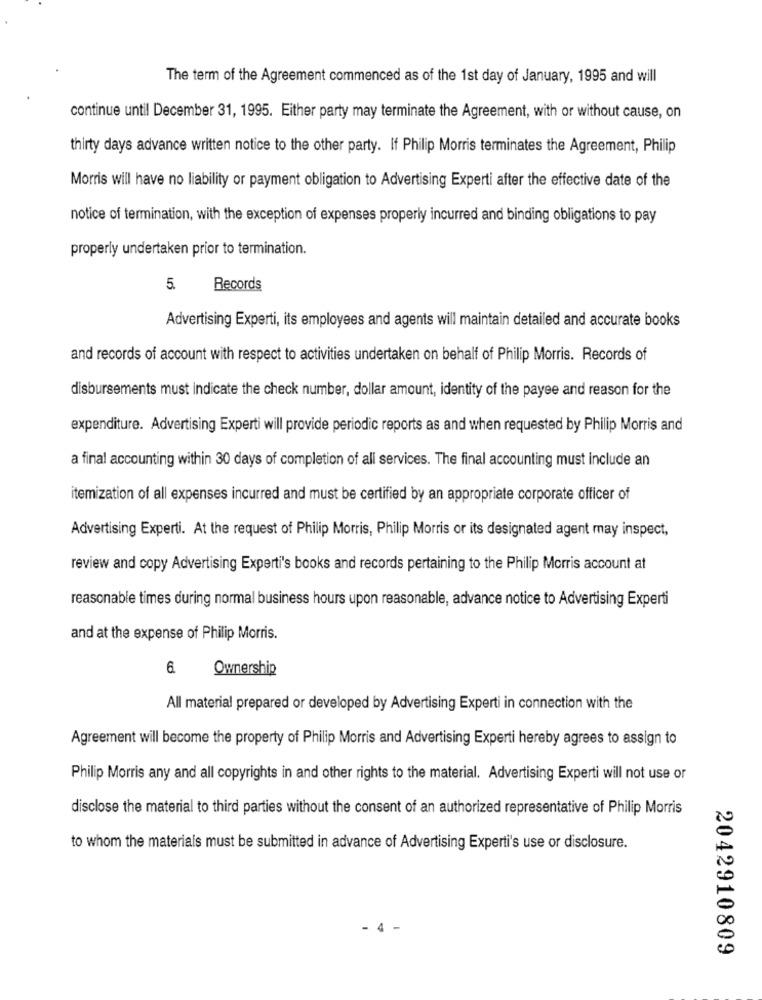
The term of the Agreement commenced as of the 1st day of January, 1995 and will
continue until December 31, 1995. Either party may terminate the Agreement, with or without cause, on
thirty days advance written notice to the other party. If Philip Morris terminates the Agreement, Philip
Morris will have no liability or payment obligation to Advertising Experti after the effective date of the
notice of termination, with the exception of expenses properly incurred and binding obligations to pay
properly undertaken prior to termination.
5.
Records
Advertising Experti, its employees and agents will maintain detailed and accurate books
and records of account with respect to activities undertaken on behalf of Philip Morris. Records of
disbursements must indicate the check number, dollar amount, identity of the payee and reason for the
expenditure. Advertising Experti will provide periodic reports as and when requested by Philip Morris and
a final accounting within 30 days of completion of all services. The final accounting must include an
itemization of all expenses incurred and must be certified by an appropriate corporate officer of
Advertising Experti. At the request of Philip Morris, Philip Morris or its designated agent may inspect,
review and copy Advertising Experti's books and records pertaining to the Philip Morris account at
reasonable times during normal business hours upon reasonable, advance notice to Advertising Experti
and at the expense of Philip Morris.
6.
Ownership
All material prepared or developed by Advertising Experti in connection with the
Agreement will become the property of Philip Morris and Advertising Experti hereby agrees to assign to
Philip Morris any and all copyrights in and other rights to the material. Advertising Experti will not use or
disclose the material to third parties without the consent of an authorized representative of Philip Morris
to whom the materials must be submitted in advance of Advertising Experti's use or disclosure.
4
2042910809